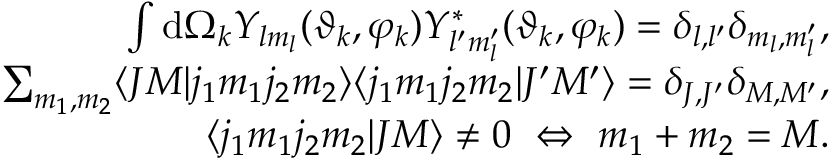
\begin{array} { r } { \int \mathrm { d } \Omega _ { k } Y _ { l m _ { l } } ( \vartheta _ { k } , \varphi _ { k } ) Y _ { l ^ { \prime } m _ { l } ^ { \prime } } ^ { * } ( \vartheta _ { k } , \varphi _ { k } ) = \delta _ { l , l ^ { \prime } } \delta _ { m _ { l } , m _ { l } ^ { \prime } } , } \\ { \sum _ { m _ { 1 } , m _ { 2 } } \langle J M | j _ { 1 } m _ { 1 } j _ { 2 } m _ { 2 } \rangle \langle j _ { 1 } m _ { 1 } j _ { 2 } m _ { 2 } | J ^ { \prime } M ^ { \prime } \rangle = \delta _ { J , J ^ { \prime } } \delta _ { M , M ^ { \prime } } , } \\ { \langle j _ { 1 } m _ { 1 } j _ { 2 } m _ { 2 } | J M \rangle \neq 0 \ \Leftrightarrow \ m _ { 1 } + m _ { 2 } = M . } \end{array}